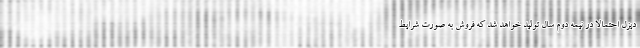
دیزل احتمالاً در نیمه دوم سال تولید خواهد شد که فروش به صورت شرایط